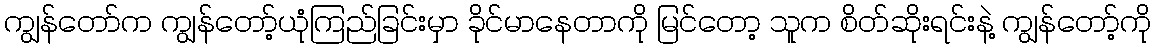
ကျွန်တော်က ကျွန်တော့်ယုံကြည်ခြင်းမှာ ခိုင်မာနေတာကို မြင်တော့ သူက စိတ်ဆိုးရင်းနဲ့ ကျွန်တော့်ကို